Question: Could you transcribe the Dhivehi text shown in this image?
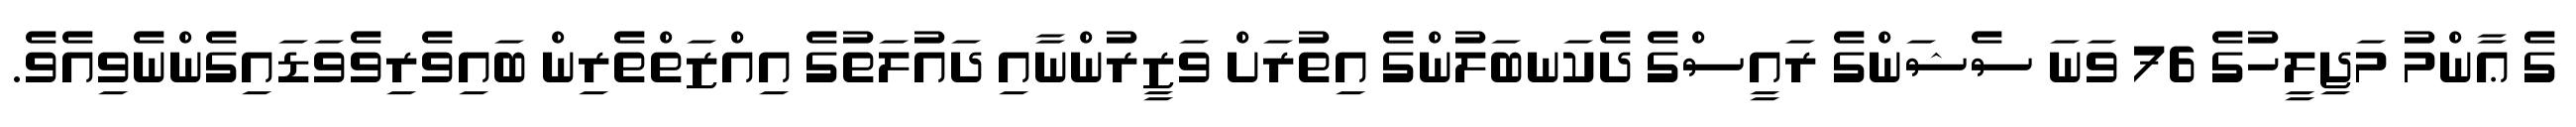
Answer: ގެ ޢާންމު މަޖިލީހުގެ 76 ވަނަ ސެޝަންގެ ރައީސްގެ ދެކަނބަލުންގެ އިތުރަށް ވަޒީރުންނާއި ދައުލަތުގެ އިއްޒަތްތެރިން ބައިވެރިވެވަޑައިގެންނެވިއެވެ.